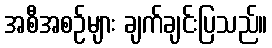
အစီအစဉ်များ ချက်ချင်းပြသည်။